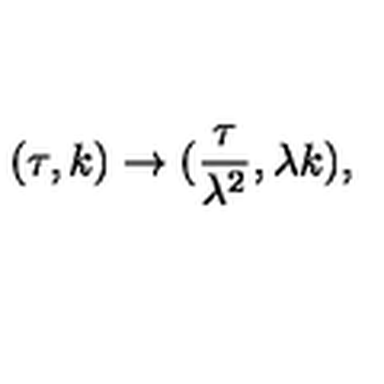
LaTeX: ( \tau , k ) \rightarrow ( \frac { \tau } { \lambda ^ { 2 } } , \lambda k ) ,